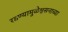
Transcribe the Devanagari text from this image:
रडण्यामुळेश्वसनाच्या